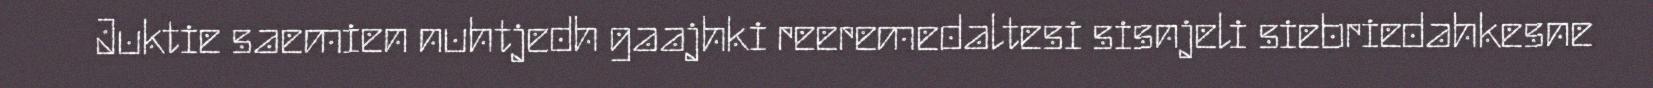
Juktie saemien nuhtjedh gaajhki reeremedaltesi sisnjeli siebriedahkesne